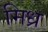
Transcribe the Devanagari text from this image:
मिध्र